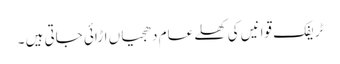
ٹریفک قوانیں کی کھلے عام دھجیاں اڑائی جاتی ہیں ۔